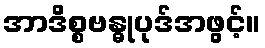
အာဒိစ္စဗန္ဓုပုဒ်အဖွင့်။